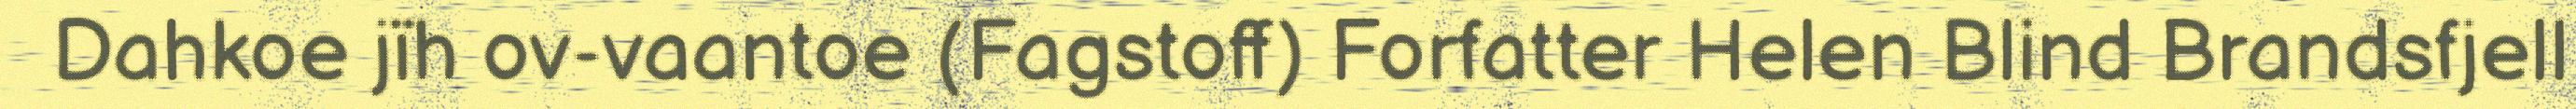
Dahkoe jïh ov-vaantoe (Fagstoff) Forfatter Helen Blind Brandsfjell